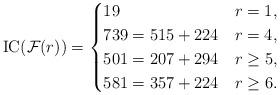
LaTeX: \begin{align*}\mathrm{IC}(\mathcal{F}(r))=\begin{cases}19 & r=1, \\739=515+224 & r=4, \\501=207+294 & r\ge 5, \\581=357+224 & r\ge 6.\end{cases}\end{align*}